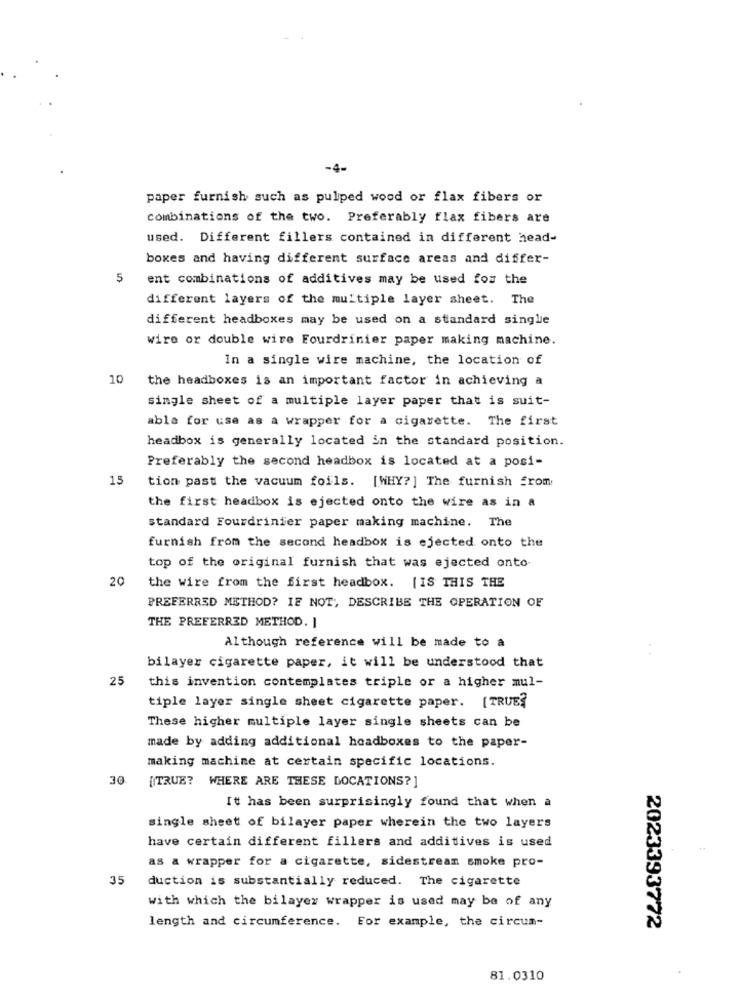
-4-
paper furnish such as pulped wood or flax fibers or
combinations of the two. Preferably flax fibers are
used. Different fillers contained in different head-
boxes and having different surface areas and differ-
5
ent combinations of additives may be used for the
different layers of the multiple layer sheet. The
different headboxes may be used on a standard single
wire or double wire Fourdrinier paper making machine.
In a single wire machine, the location of
10
the headboxes is an important factor in achieving a
single sheet of a multiple layer paper that is suit-
abla for use as a wrapper for a cigarette. The first
headbox is generally located in the standard position.
Preferably the second headbox is located at a posi-
15
tion past the vacuum foils. [WHY? ] The furnish from
the first headbox is ejected onto the wire as in a
standard Fourdrinier paper making machine. The
furnish from the second headbox is ejected onto the
top of the original furnish that was ejected onto-
20
the wire from the first headbox. [IS THIS THE
PREFERRED METHOD? IF NOT, DESCRIBE THE OPERATION OF
THE PREFERRED METHOD. I
Although reference will be made to a
bilayer cigarette paper, it will be understood that
25
this invention contemplates triple or a higher mul-
tiple layer single sheet cigarette paper. [TRUE?
These higher multiple layer single sheets can be
made by adding additional headboxes to the paper-
making machine at certain specific locations.
30
[TRUE? WHERE ARE THESE DOCATIONS? ]
It has been surprisingly found that when a
single sheet of bilayer paper wherein the two layers
have certain different fillers and additives is used
as a wrapper for a cigarette, sidestream smoke pro-
35
duction is substantially reduced. The cigarette
with which the bilayer wrapper is used may be of any
length and circumference. For example, the circum-
2023393772
81.0310